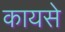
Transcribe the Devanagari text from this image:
कायसे